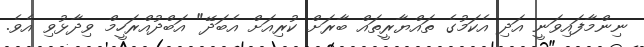
ނިންމާފައިވަނީ އަދި އެކަމުގެ ތައްޔާރީތައް ބާރަށް ކުރިއަށް އެބަދޭ" އަބްދުއްރަހީމް ވިދާޅުވި އެވެ.